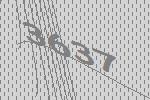
3637